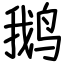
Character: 鹅